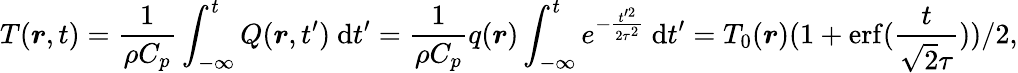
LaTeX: T(\boldsymbol{r},t)=\frac{1}{\rho C_{p}}\int_{-\infty}^{t}Q(\boldsymbol{r},t^{\prime})\mathrm{~d}t^{\prime}=\frac{1}{\rho C_{p}}q(\boldsymbol{r})\int_{-\infty}^{t}e^{-\frac{t^{\prime 2}}{2\tau^{2}}}\mathrm{~d}t^{\prime}=T_{0}(\boldsymbol{r})(1+\mathrm{erf}(\frac{t}{\sqrt{2}\tau}))/2,